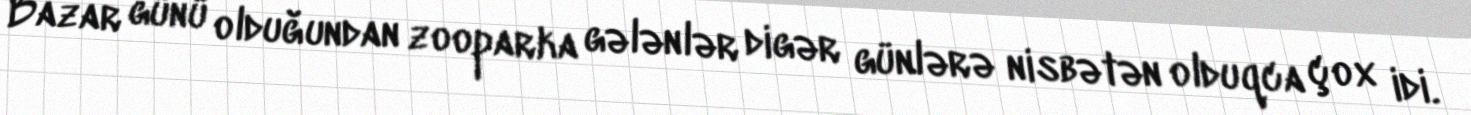
Bazar günü olduğundan zooparka gələnlər digər günlərə nisbətən olduqca çox idi.